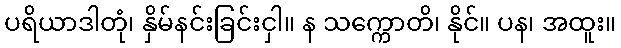
ပရိယာဒါတုံ၊ နှိမ်နင်းခြင်းငှါ။ န သက္ကောတိ၊ နိုင်။ ပန၊ အထူး။